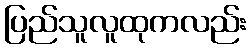
ပြည်သူလူထုကလည်း